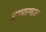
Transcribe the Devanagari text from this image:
अवधारणाउन